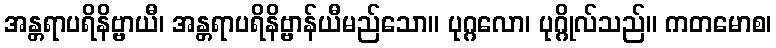
အန္တရာပရိနိဗ္ဗာယီ၊ အန္တရာပရိနိဗ္ဗာန်ယီမည်သော။ ပုဂ္ဂလော၊ ပုဂ္ဂိုလ်သည်။ ကတမောစ၊